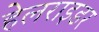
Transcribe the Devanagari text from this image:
हेलराइडर